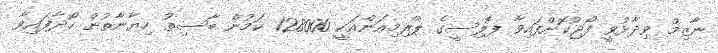
ނާޒިމް ވިދާޅުވީ ފޯޖުކޮށްފައިވާ ޕޮލިސީގެ ޕްރިމިއަންއަކީ 128000 ކަމުން ބާސިތު ހިޔާނާތުން ހޯދާފައިވާ